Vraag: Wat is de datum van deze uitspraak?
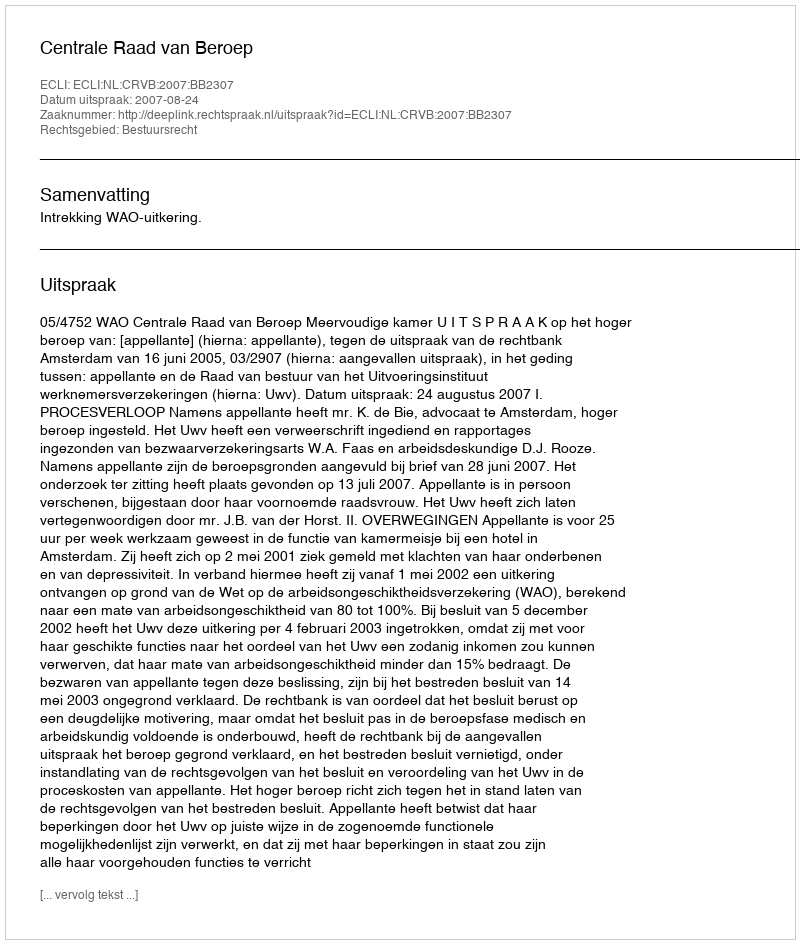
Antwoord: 2007-08-24